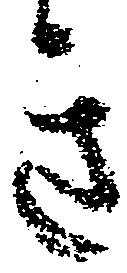
き